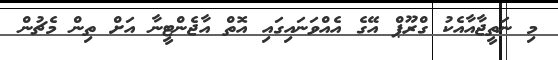
މި ނަތީޖާއާއެކު ގްރޫޕް އޭގެ އެއްވަނައިގައި އޮތް އާޖެންޓީނާ އަށް ތިން މެޗުން